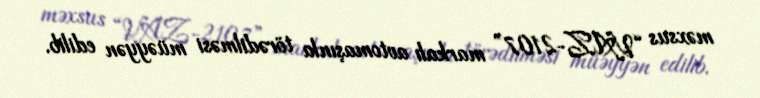
məxsus “VAZ-2107” markalı avtomaşınla törədilməsi müəyyən edilib.